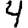
Digit: 4